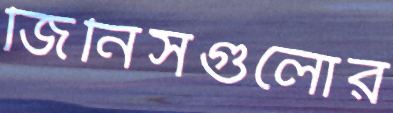
জিনিসগুলোর